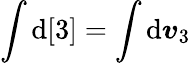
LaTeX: \int\mathrm{d}[3]=\int\mathrm{d}\boldsymbol{v}_{3}